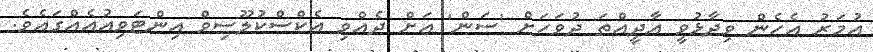
އުމަރު އެހެން ވިދާޅުވީ އާދީއްތަ ދުވަހަށް 'ސަން' އަށް ދެއްވި އެކްސްކުލޫސިވް އިންޓަވިއުއެއްގައެވެ.